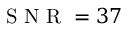
\mathrm { ~ S ~ N ~ R ~ } = 3 7